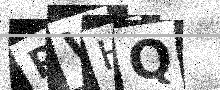
Text: PVHQ